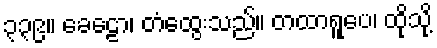
၃၃၉။ ခေဠော၊ တံထွေးသည်။ တထာရူပေ၊ ထိုသို့